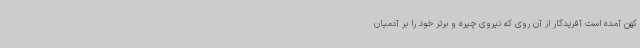
کهن آمده است آفریدگار از آن روی که نیروی چیره و برتر خود را بر آدمیان